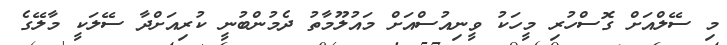
މި ސޭލްއަށް ގޮސްހުރި މީހަކު ވީނިއުސްއަށް މައުލޫމާތު ދެމުންބުނީ ކުރިއަށްދާ ސޭލަކީ މާލޭގެ